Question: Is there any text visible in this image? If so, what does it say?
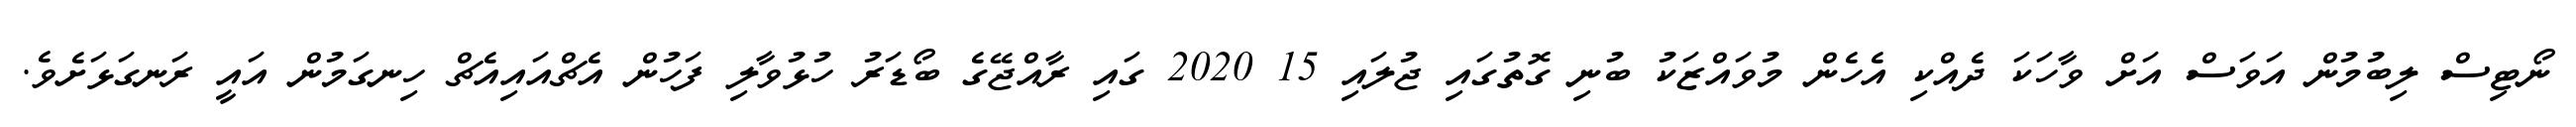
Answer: ނޯޓިސް ލިބުމުން އަވަސް އަށް ވާހަކަ ދެއްކި އެހެން މުވައްޒަކު ބުނި ގޮތުގައި ޖުލައި 15 2020 ގައި ރާއްޖޭގެ ބޯޑަރު ހުޅުވާލި ފަހުން އެޗްއައިއެޗް ހިނގަމުން އައީ ރަނގަޅަށެވެ.